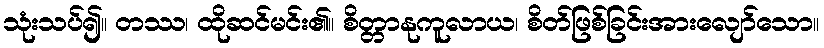
သုံးသပ်၍။ တဿ၊ ထိုဆင်မင်း၏။ စိတ္တာနုကူလာယ၊ စိတ်ဖြစ်ခြင်းအားလျော်သော။